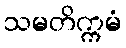
သမတိက္ကမံ